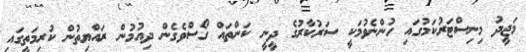
މަޖީދު މިނިސްޓަރުކަމުގައި ހުންނެވުމަކީ ސަރުކާރުގެ ދީނީ ކަންތައް ގޯސްވެގެން ދިއުމުން ރައްޔިތުން ކުރިމަތީގައި